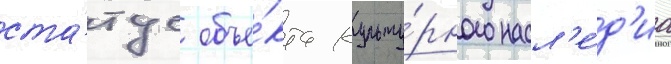
ста́тус объе́кта культу́рного насл'е́д'иа